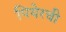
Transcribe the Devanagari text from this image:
पियेरची